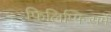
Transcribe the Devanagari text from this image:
फिलिप्पिन्समें